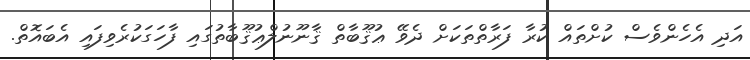
އަދި އެހެންވެސް ކުށްތައް ކުރާ ފަރާތްތަކަށް ދެވޭ ޢުޤޫބާތް ޤާނޫނުލްޢުޤޫބާތުގައި ފާހަގަކުރެވިފައި އެބައޮތް.